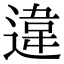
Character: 違